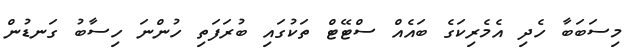
މިސަބަބާ ހެދި އެމެރިކަގެ ބައެއް ސްޓޭޓް ތަކުގައި ބުރަފަތި ހުންނަ ހިސާބު ގަނޑުން